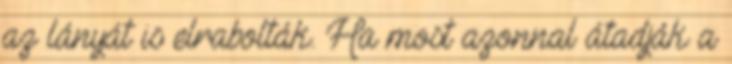
az lányát is elrabolták. Ha most azonnal átadják a